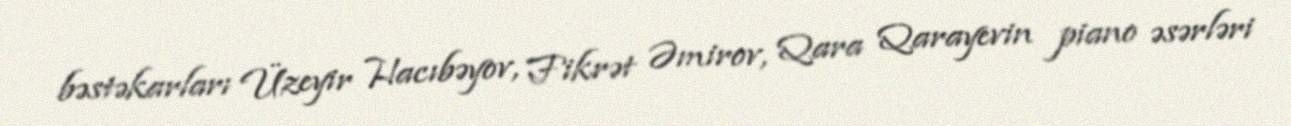
bəstəkarları Üzeyir Hacıbəyov, Fikrət Əmirov, Qara Qarayevin piano əsərləri